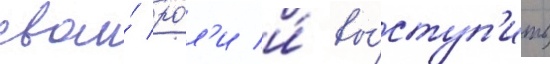
свои́ ро́л'и и́ вы́ступ'ить